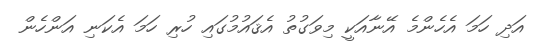
އަދި ހަމަ އެހެންމެ އޭނާއަކީ މިވަގުތު އެޤައުމުގައި ހުރި ހަމަ އެކަނި އަންހެން